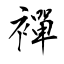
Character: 襌